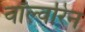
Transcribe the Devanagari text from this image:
वॉल्वरिन